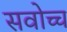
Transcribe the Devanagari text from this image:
सवोच्च